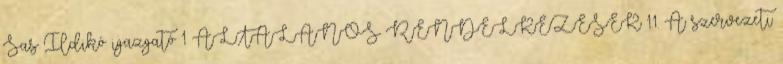
Sas Ildikó igazgató 1 ÁLTALÁNOS RENDELKEZÉSEK 1.1. A szervezeti